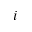
i